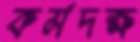
কর্মদক্ষ